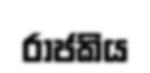
රාජකිය